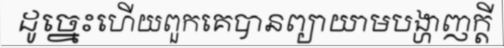
ដូច្នេះហើយពួកគេបានព្យាយាមបង្ហាញក្តី